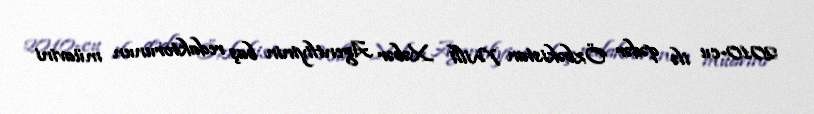
2010-cu ilə qədər Özbəkistan Milli Xəbər Agentliyinin baş redaktorunun müavini